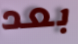
بعد